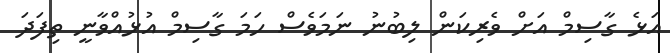
އަޅެ ގާސިމް އަށް ވެރިކަން ލިބުނު ނަމަވެސް ހަމަ ގާސިމް އުޅުއްވާނީ ތިފަދަ